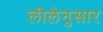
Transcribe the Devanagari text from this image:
लीलेनुसार